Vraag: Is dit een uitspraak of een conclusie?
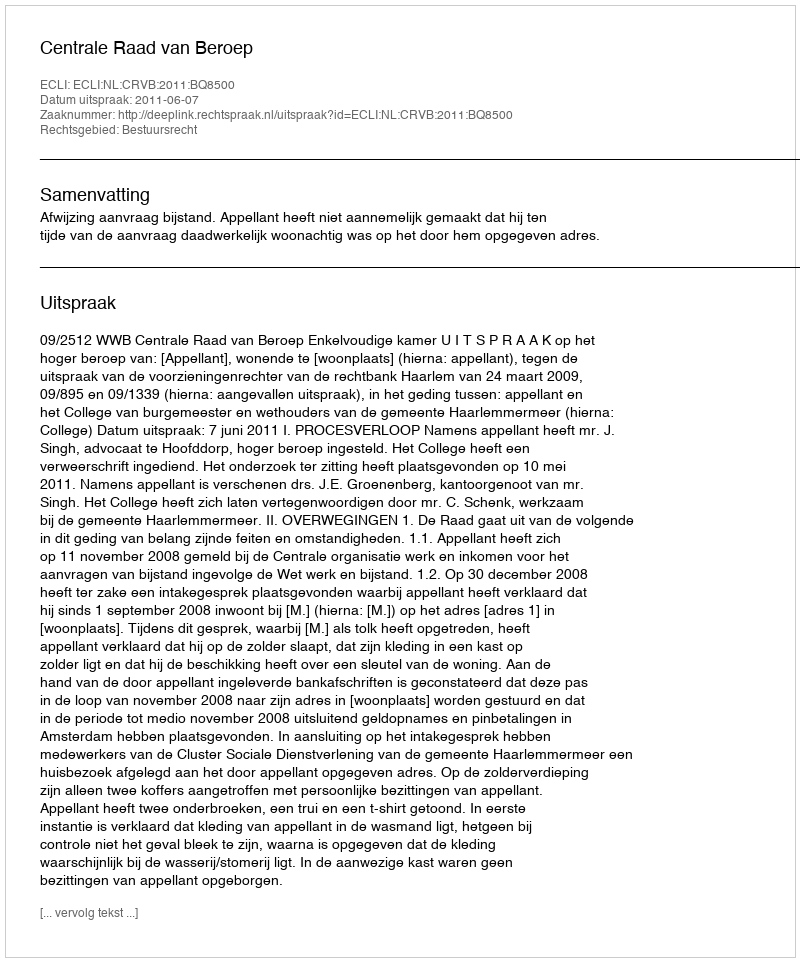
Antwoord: Uitspraak